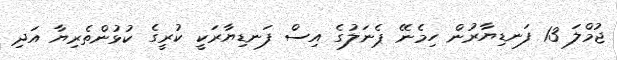
ޖުމްލަ 13 ފަނޑިޔާރުން ހިމެނޭ ޕެނަލުގެ އިސް ފަނޑިޔާރަކީ ކުރީގެ ކުޅުންތެރިޔާ އަދި